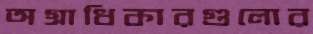
অগ্রাধিকারগুলোর